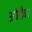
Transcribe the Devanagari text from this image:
ओडैबा